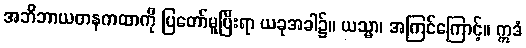
အဘိဘာယတနကထာကို ပြတော်မူပြီးရာ ယခုအခါ၌။ ယသ္မာ၊ အကြင်ကြောင့်။ ဣဒံ